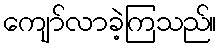
ကျော်လာခဲ့ကြသည်။